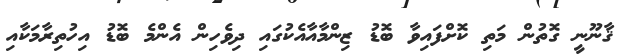
ޤާނޫނީ ގޮތުން މަތި ކޮށްފައިވާ ބޮޑު ޒިންމާއާއެކުގައި ދިވެހިން އެންމެ ބޮޑު އިހުތިރާމަކާއި